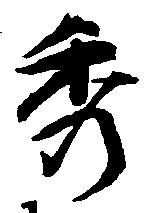
秀